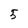
Character: 5